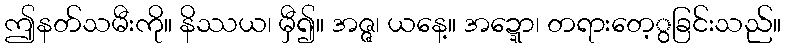
ဤနတ်သမီးကို။ နိဿယ၊ မှီ၍။ အဇ္ဇ၊ ယနေ့။ အဍ္ဍော၊ တရားတေ့ွခြင်းသည်။